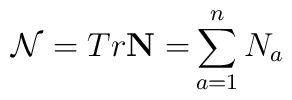
\mathcal{N}=Tr\mathbf{N=}\sum_{a=1}^{n}N_{a}